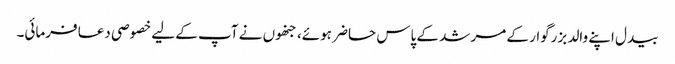
بیدل اپنے والد بزرگوار کے مرشد کے پاس حاضر ہوئے، جنھوں نے آپ کے لیے خصوصی دعا فرمائی۔